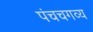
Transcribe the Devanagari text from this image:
पंचचगव्य